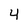
Character: 4